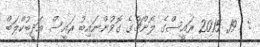
:  19